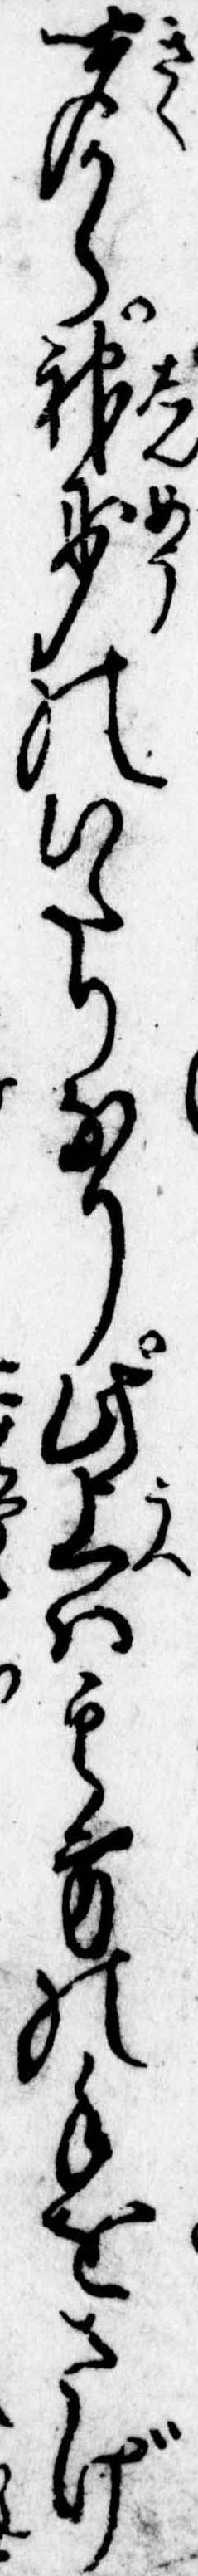
聞から神妙のいたりなり此上は其方の手をさげ